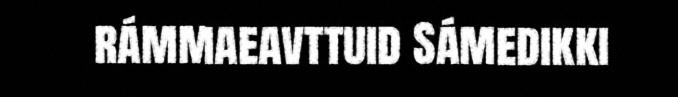
rámmaeavttuid Sámedikki